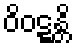
ဝိဝဋ္ဋန္တိ